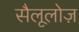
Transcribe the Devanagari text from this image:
सैलूलोज़